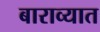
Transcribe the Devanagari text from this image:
बाराव्यात